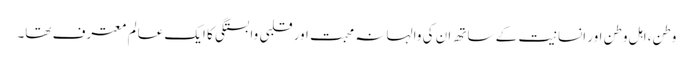
وطن،اہل وطن اور انسانیت کے ساتھ ان کی والہانہ محبت اور قلبی وابستگی کا ایک عالم معترف تھا۔